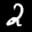
Label: 2